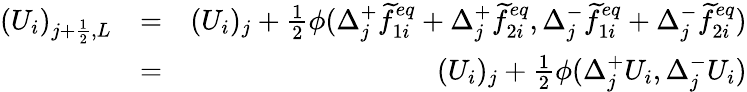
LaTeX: \begin{array}{rlr}{(U_{i})_{j+\frac{1}{2},L}}&{=}&{(U_{i})_{j}+\frac{1}{2}\phi(\Delta_{j}^{+}\widetilde{f}_{1i}^{eq}+\Delta_{j}^{+}\widetilde{f}_{2i}^{eq},\Delta_{j}^{-}\widetilde{f}_{1i}^{eq}+\Delta_{j}^{-}\widetilde{f}_{2i}^{eq})}\\ &{=}&{(U_{i})_{j}+\frac{1}{2}\phi(\Delta_{j}^{+}U_{i},\Delta_{j}^{-}U_{i})}\end{array}